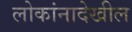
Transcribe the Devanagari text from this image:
लोकांनादेखील